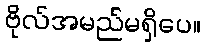
ဗိုလ်အမည်မရှိပေ။